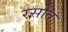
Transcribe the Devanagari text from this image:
रसोत